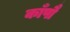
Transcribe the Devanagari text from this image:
काँपौ